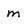
Character: m